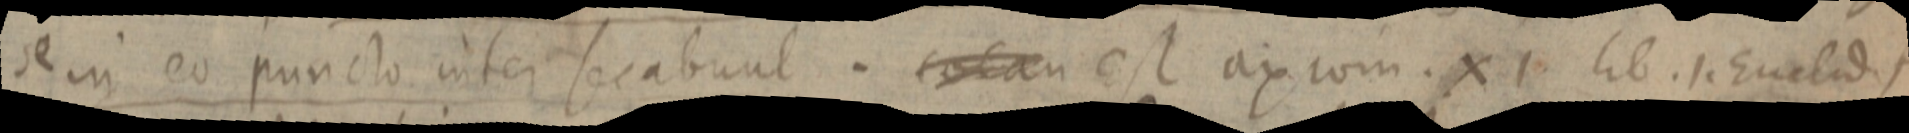
se in eo puncto inter secabunt. totam est axiom. XI. lib. 1. Euclidis